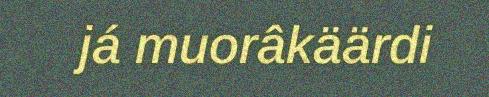
já muorâkäärdi